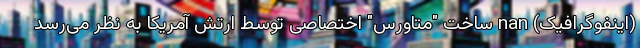
(اینفوگرافیک) nan ساخت "متاورس" اختصاصی توسط ارتش آمریکا به نظر می‌رسد